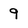
Character: 9